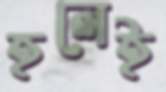
হলেই